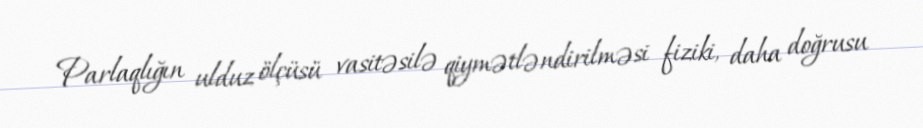
Parlaqlığın ulduz ölçüsü vasitəsilə qiymətləndirilməsi fiziki, daha doğrusu